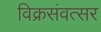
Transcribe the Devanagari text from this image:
विक्रसंवत्सर